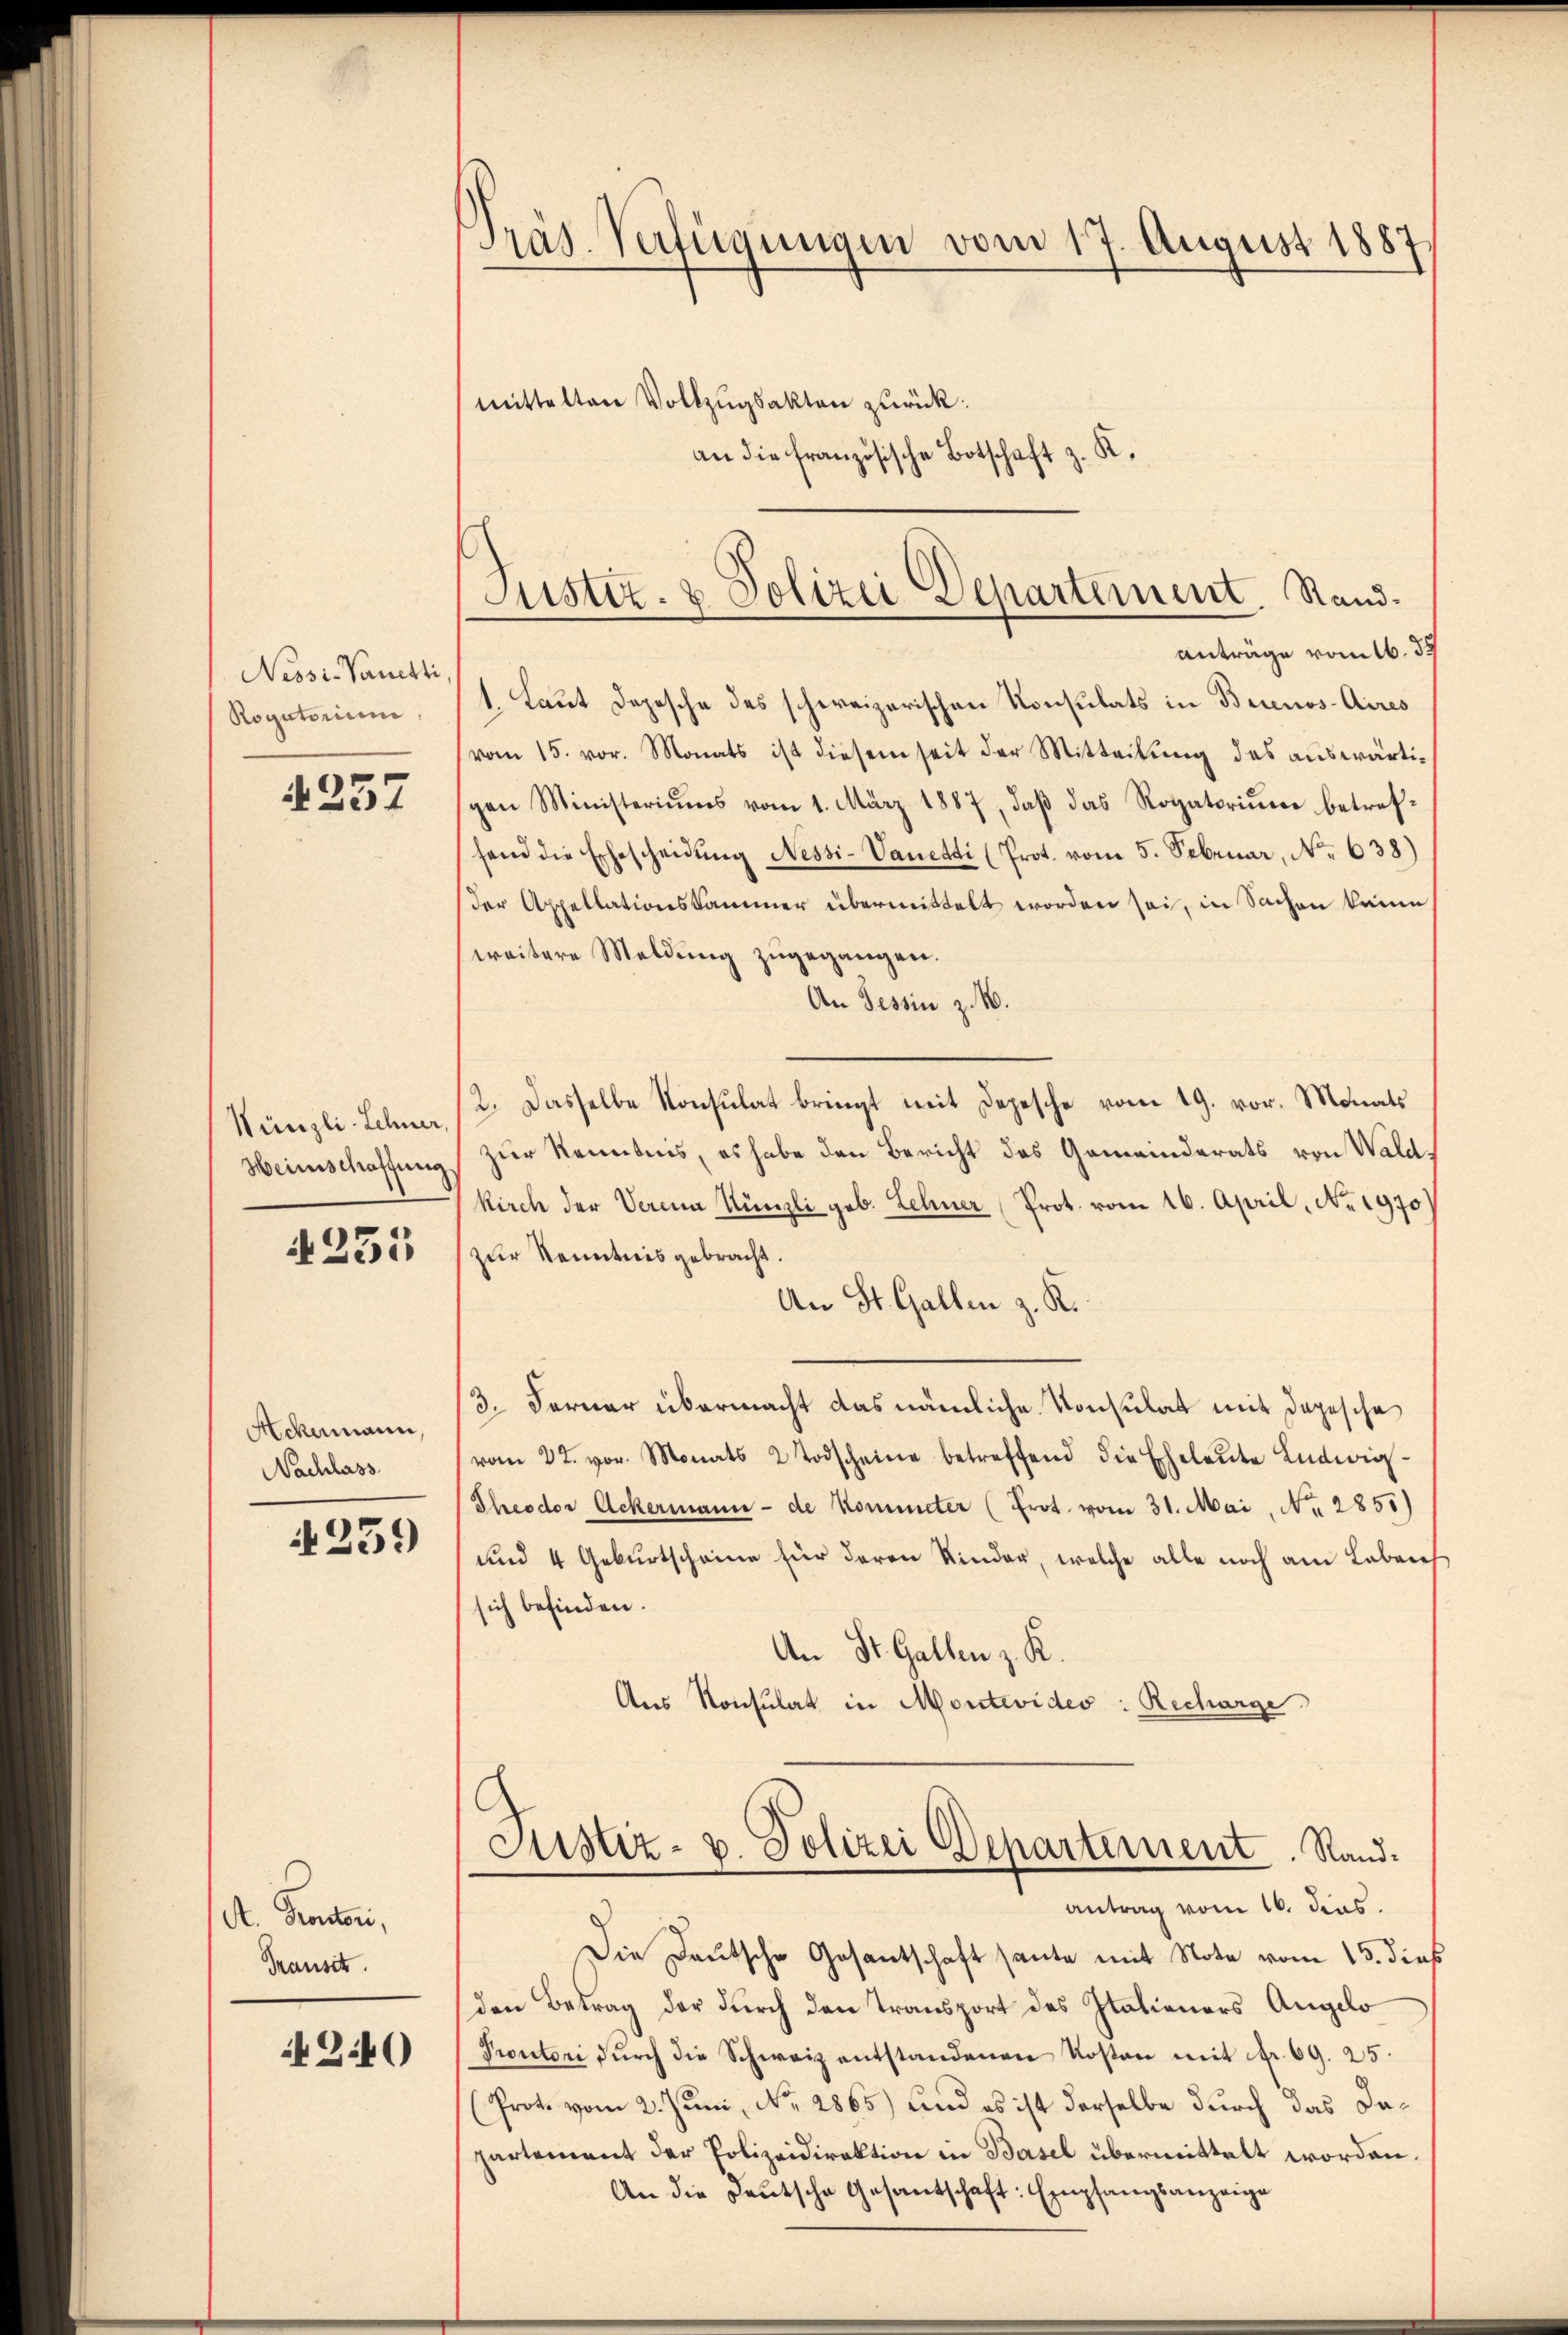
Nessi-Vanetti
Rogatorium

4257

Künzli-Schner,
Heinschaffung

N 255

Ackermann,
Nachlass

259

A. Prorectori,
Transit.

2.40

Präs. Verfügungen vom 17. August 1887
mittelten Vollzugsakten zurück:
an die französische Botschaft z. K.

Justiz- & Polizei Departement. Stand.
Anträge vom 16. 34

1. Laut Depesche des schweizerischen Konsulats in Buenos-Aires
vom 15. vor. Monats ist diesem seit der Mitteilung des auswärtipen Ministeriums vom 1. März 1887, daß das Rogatorium betreffand die Erbescheidŭng Nessi-Vanetti (Prot. vom 5. Februar, No 638)
der Appellationskammer übermittelt worden sei, in Sachen kann,
weitere Meldung zugegangen.
An Tessin z. B.
2. Dasselbe Konsulat bringt mit Depesche vom 19. vor. Monats
zur Kenntnis, es habe den Bericht des Gemeinderats von Wald.
kirch der Verena Künzli geb. Lehner Prot. vom 16. April, No. 1970)
zur Kenntnis gebracht.
An St. Gallen z. R.
3. Ferner übermacht das nämliche Konsulat mit Depesche
(vom 22. vor. Monats 2 Todscheine betreffend die Eheleŭte Ludwig-
Theodor Ackermann - de kommeter (Prot. vom 31. Mai, No. 2851)
und 4 Geburtscheine für deren Kinder, welche alle noch am Leben
sich befinden.
An St. Gallen z. R.
Aus Konsulat in Montevides: Recharge
Justiz- u. Polizei Departement. Sand¬

antrag vom 16. dies
Die Deutsche Gesantschaft heute mit Note vom 13. dies

den Betrag der durch den Transport des Italieners Angelo
Proutori dŭrch die Schweiz entstandenen Kosten mit fr. 69. 25.
Prote vom 2. Juni, No. 2865) und es ist derselbe durch das Dapartement der Polizeidirektion in Basel übermittelt worden.
An die Deutsche Gesantschaft: Empfangsanzeige